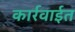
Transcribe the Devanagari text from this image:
कार्रवाईत